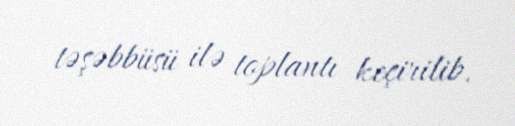
təşəbbüsü ilə toplantı keçirilib.